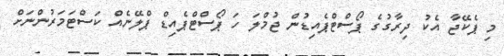
މި ޕެކޭޖާ އެކު ދިރާގުގެ ޕޯސްޓްޕެއިޑުން ޖުމްލަ ހަ ޕޯސްޓްޕެއިޑް ޕްލޭނެއް ކަސްޓަމަރުންނަށް